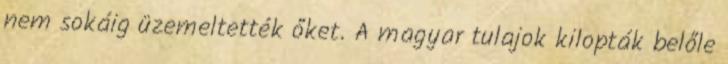
nem sokáig üzemeltették őket. A magyar tulajok kilopták belőle